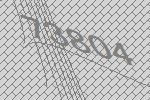
73804